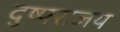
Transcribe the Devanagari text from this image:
दुष्पराजय